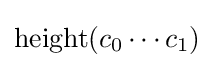
\operatorname {height} (c_{0}\cdots c_{1})